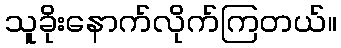
သူခိုးနောက်လိုက်ကြတယ်။